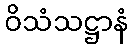
ဝိသံသဋ္ဌာနံ